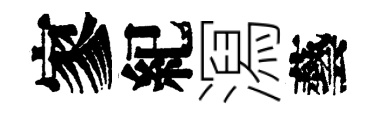
寥紀㵼藝